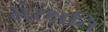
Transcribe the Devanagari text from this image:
संरक्षति